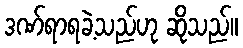
ဒဏ်ရာရခဲ့သည်ဟု ဆိုသည်။